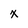
Character: x